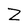
Character: Z